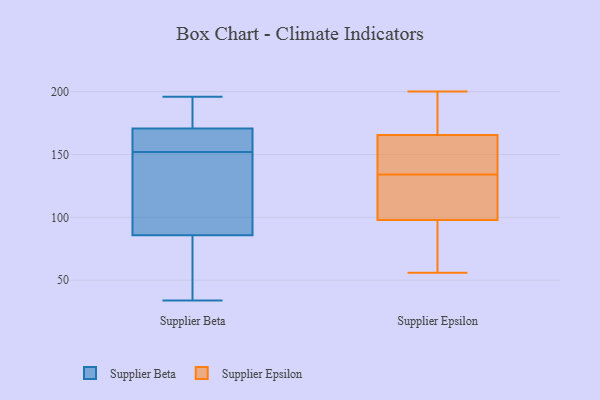
{"axis": {"x": "Customer Acquisition Cost (USD)", "y": "Value"}, "legend": ["Supplier Beta", "Supplier Epsilon"], "data": [{"x": "", "y": 177, "type": "Supplier Beta"}, {"x": "", "y": 176, "type": "Supplier Beta"}, {"x": "", "y": 82, "type": "Supplier Beta"}, {"x": "", "y": 152, "type": "Supplier Beta"}, {"x": "", "y": 164, "type": "Supplier Beta"}, {"x": "", "y": 34, "type": "Supplier Beta"}, {"x": "", "y": 196, "type": "Supplier Beta"}, {"x": "", "y": 169, "type": "Supplier Beta"}, {"x": "", "y": 169, "type": "Supplier Beta"}, {"x": "", "y": 87, "type": "Supplier Beta"}, {"x": "", "y": 145, "type": "Supplier Beta"}, {"x": "", "y": 99, "type": "Supplier Beta"}, {"x": "", "y": 51, "type": "Supplier Beta"}, {"x": "", "y": 179, "type": "Supplier Epsilon"}, {"x": "", "y": 163, "type": "Supplier Epsilon"}, {"x": "", "y": 56, "type": "Supplier Epsilon"}, {"x": "", "y": 99, "type": "Supplier Epsilon"}, {"x": "", "y": 134, "type": "Supplier Epsilon"}, {"x": "", "y": 80, "type": "Supplier Epsilon"}, {"x": "", "y": 103, "type": "Supplier Epsilon"}, {"x": "", "y": 95, "type": "Supplier Epsilon"}, {"x": "", "y": 200, "type": "Supplier Epsilon"}, {"x": "", "y": 165, "type": "Supplier Epsilon"}, {"x": "", "y": 167, "type": "Supplier Epsilon"}, {"x": "", "y": 135, "type": "Supplier Epsilon"}, {"x": "", "y": 119, "type": "Supplier Epsilon"}]}